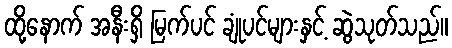
ထို့နောက် အနီးရှိ မြက်ပင် ချုံပင်များနှင့် ဆွဲသုတ်သည်။